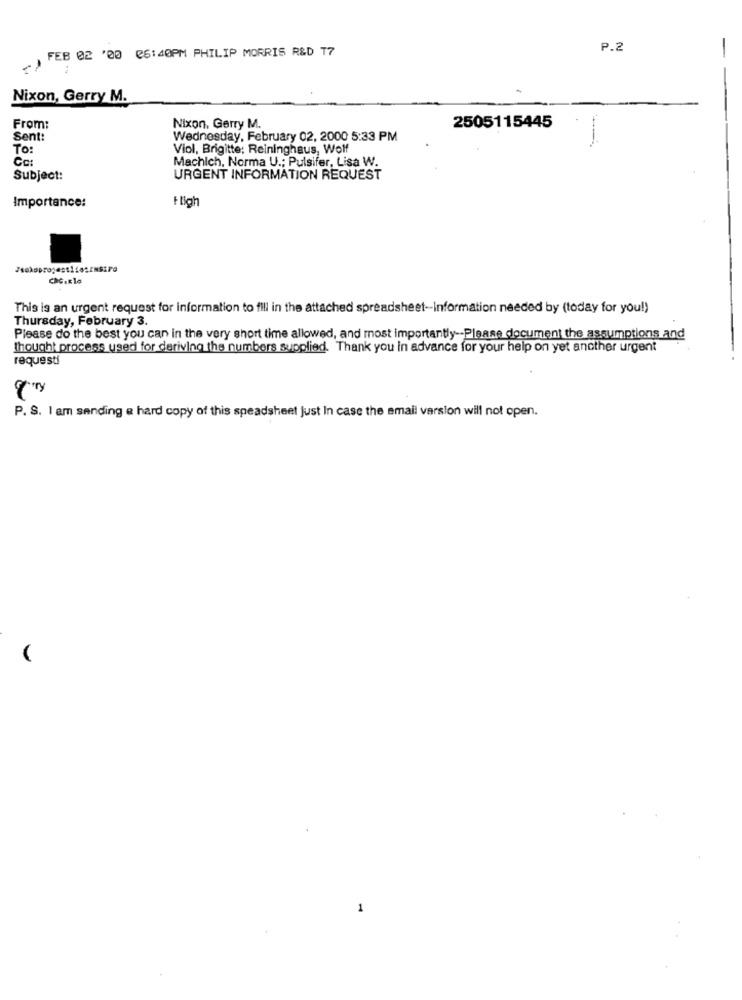
FEB 02 '00 06:40PM PHILIP MORRIS R&D T7
P.2
Nixon, Gerry M.
From:
Nixon, Gerry M.
2505115445
Sent:
Wednesday, February 02, 2000 5:33 PM
TO :
Viol, Brigitte; Reininghaus, Wolf
Cc:
Machich, Norma U .; Pulsifer, Lisa W.
Subject:
URGENT INFORMATION REQUEST
+ ligh
Importance:
This is an urgent request for information to fill in the attached spreadsheet-Information needed by (today for you!)
Thursday, February 3.
Please do the best you can in the very short time allowed, and most importantly -- Please document the assumptions and
thought process used for deriving the numbers supplied. Thank you in advance for your help on yet another urgent
requesti
P. S. I am sending a hard copy of this speadsheet just In case the email varsion will not open.